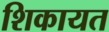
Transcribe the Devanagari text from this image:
शिकायत